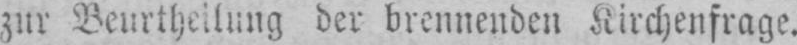
zur Beurtheilung der brennenden Kirchenfrage.